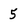
Character: 5